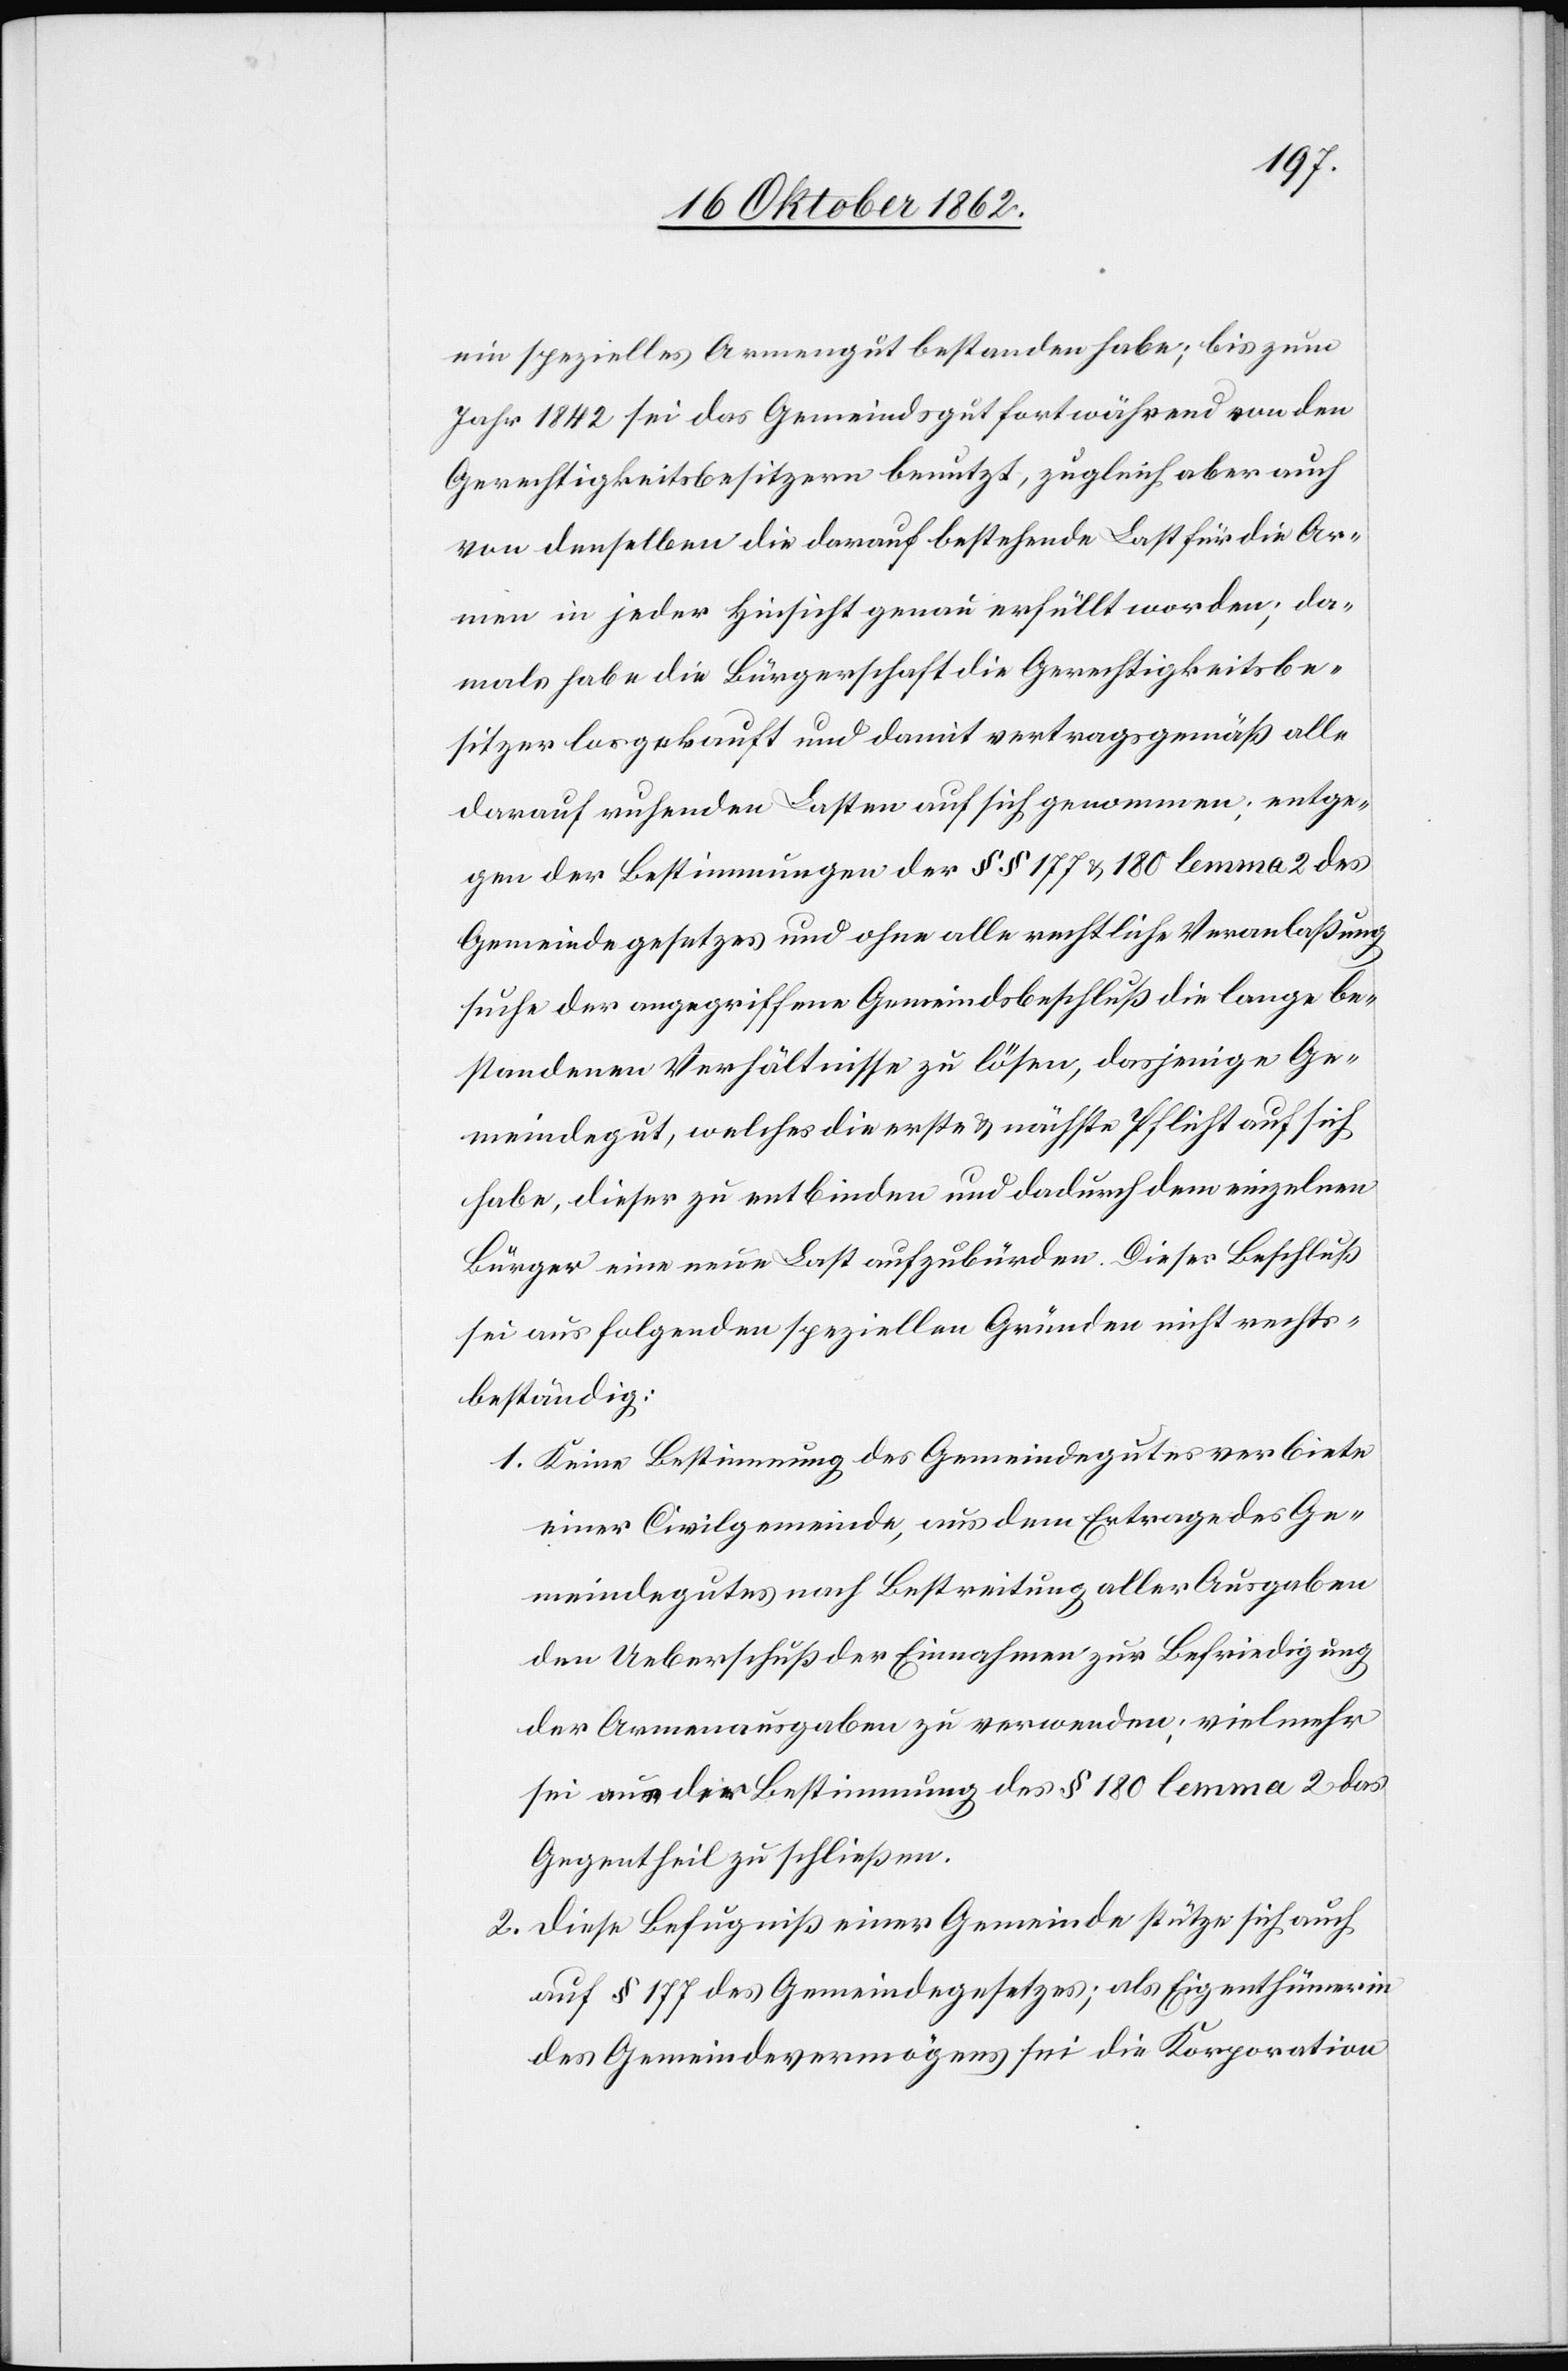
ein spezielles Armengut bestanden habe; bis zum
Jahr 1842 sei das Gemeindsgut fortwährend von den
Gerechtigkeitsbesitzern benutzt, zugleich aber auch
von denselben die darauf bestehende Last für die Ar¬
men in jeder Hinsicht genau erfüllt worden; da¬
mals habe die Bürgerschaft die Gerechtigkeitsbe¬
sitzer losgekauft und damit vertragsgemäß alle
darauf ruhenden Lasten auf sich genommen; entge¬
gen der Bestimmungen der §§ 177 u. 180 lemma 2 des
Gemeindegesetzes und ohne alle rechtliche Veranlaßung
suche der angegriffene Gemeindsbeschluß die lange be¬
standenen Verhältnisse zu lösen, dasjenige Ge¬
meindegut, welches die erste u. nächste Pflicht auf sich
habe, dieser zu entbinden und dadurch dem einzelnen
Bürger eine neue Last aufzubürden. Dieser Beschluß
sei aus folgenden speziellen Gründen nicht rechts¬
beständig:
1. Keine Bestimmung des Gemeindegutes verbiete
einer Civilgemeinde, aus dem Ertrage des Ge¬
meindegutes nach Bestreitung aller Ausgaben
den Ueberschuß der Einnahmen zu Befriedigung
der Armenausgaben zu verwenden, vielmehr
sei aus der Bestimmung des §. 180 lemma 2 das
Gegentheil zu schließen.
2. Diese Befugniß einer Gemeinde stütze sich auch
auf § 177 des Gemeindegesetzes; als Eigenthümerin
des Gemeindevermögens sie die Korporation